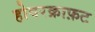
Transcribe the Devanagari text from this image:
होवरक्राफ़ट